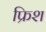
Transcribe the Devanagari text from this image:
फ्रिश